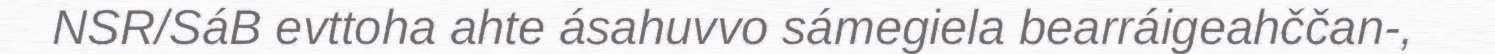
NSR/SáB evttoha ahte ásahuvvo sámegiela bearráigeahččan-,